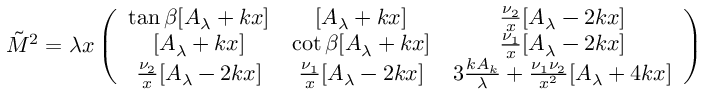
\tilde { M } ^ { 2 } = \lambda x \left( \begin{array} { c c c } { { \tan \beta [ A _ { \lambda } + k x ] } } & { { [ A _ { \lambda } + k x ] } } & { { \frac { \nu _ { 2 } } { x } [ A _ { \lambda } - 2 k x ] } } \\ { { \mathrm { } [ A _ { \lambda } + k x ] } } & { { \cot \beta [ A _ { \lambda } + k x ] } } & { { \frac { \nu _ { 1 } } { x } [ A _ { \lambda } - 2 k x ] } } \\ { { \frac { \nu _ { 2 } } { x } [ A _ { \lambda } - 2 k x ] } } & { { \frac { \nu _ { 1 } } { x } [ A _ { \lambda } - 2 k x ] } } & { { 3 \frac { k A _ { k } } { \lambda } + \frac { \nu _ { 1 } \nu _ { 2 } } { x ^ { 2 } } [ A _ { \lambda } + 4 k x ] } } \end{array} \right)